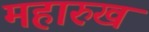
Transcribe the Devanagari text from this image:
महारुख